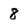
Character: 8